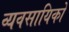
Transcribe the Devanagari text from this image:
व्यवसायिको